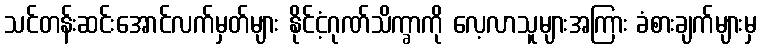
သင်တန်းဆင်းအောင်လက်မှတ်များ နိုင်ငံ့ဂုဏ်သိက္ခာကို လေ့လာသူများအကြား ခံစားချက်များမှ